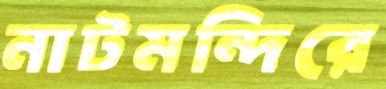
নাটমন্দিরে